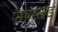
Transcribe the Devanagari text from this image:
प्रवरखंड